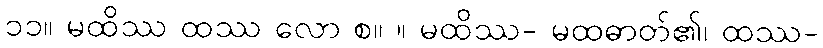
၁၁။ မထိဿ ထဿ လော စ။ ။ မထိဿ- မထဓာတ်၏၊ ထဿ-